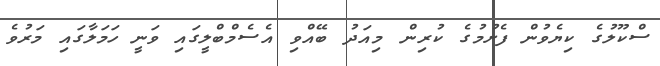
ސްކޫލުގެ ކިޔެވުން ފެށުމުގެ ކުރިން މިއަދު ބޭއްވި އެސެމްބްލީގައި ވަނީ ހަމަލާގައި މަރުވެ